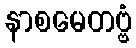
နာစမေတဗ္ဗံ